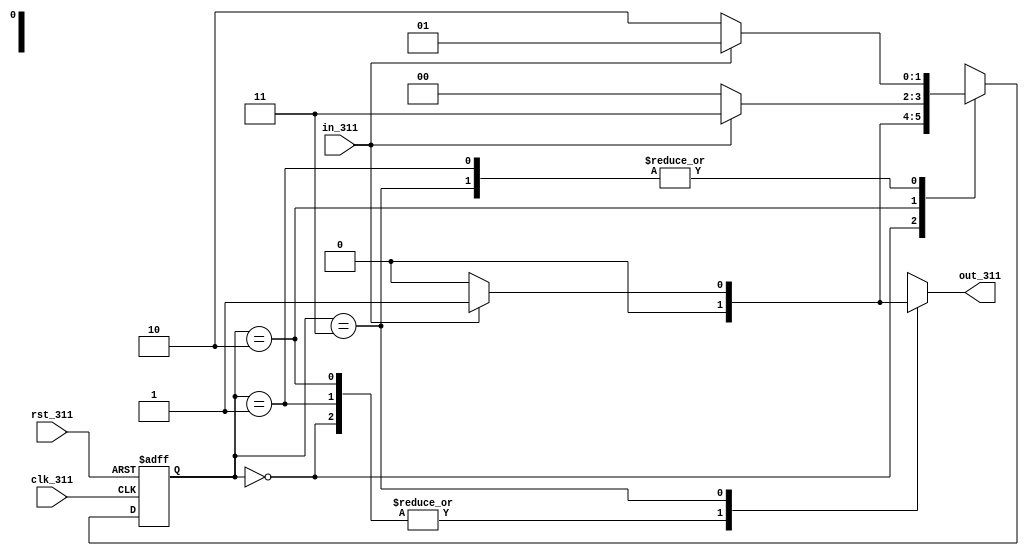
`timescale 1ns / 1ps
//////////////////////////////////////////////////////////////////////////////////
// Company: 
// Engineer: 
// 
// Design Name: 
// Module Name:    melau_311 
// Project Name: 
// Target Devices: 
// Tool versions: 
// Description: 
//
// Dependencies: 
//
// Revision: 
// Revision 0.01 - File Created
// Additional Comments: 
//
//////////////////////////////////////////////////////////////////////////////////
module mealy_311 (out_311,in_311,clk_311,rst_311);
		input in_311,clk_311,rst_311;
		output reg out_311;
		reg [1:0] state_311;
		parameter s0_311=0,s1_311=1,s2_311=2,s3_311=3;

	always@(posedge clk_311 or posedge rst_311)
		
				if(rst_311)
					state_311<=s0_311;
				else
					case(state_311)
							s0_311: if(in_311) state_311 <=s1_311;
							    else state_311 <=s0_311;
							s1_311: if(in_311) state_311 <=s1_311;
							    else state_311 <=s2_311;
							s2_311: if(in_311) state_311 <=s3_311;
							    else state_311 <=s0_311;
							s3_311: if(in_311) state_311 <=s1_311;
							    else state_311 <=s2_311;
					endcase
					
	always@(state_311,in_311)
		case(state_311)
							s0_311: if(in_311) out_311 <=0;
							    else out_311 <=0;
							s1_311: if(in_311) out_311 <=0;
							    else out_311 <=0;
							s2_311: if(in_311) out_311 <=0;
							    else out_311 <=0;
							s3_311: if(in_311) out_311 <=1;
							    else out_311 <=0;
			endcase		
					
endmodule